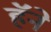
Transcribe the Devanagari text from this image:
हॅने